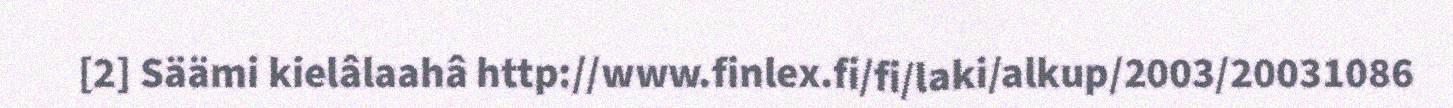
[2] Säämi kielâlaahâ http://www.finlex.fi/fi/laki/alkup/2003/20031086